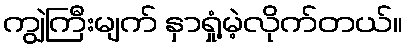
ကျွဲကြီးမျက် နှာရှုံ့မဲ့လိုက်တယ်။